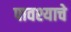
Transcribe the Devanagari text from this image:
पावश्याचे